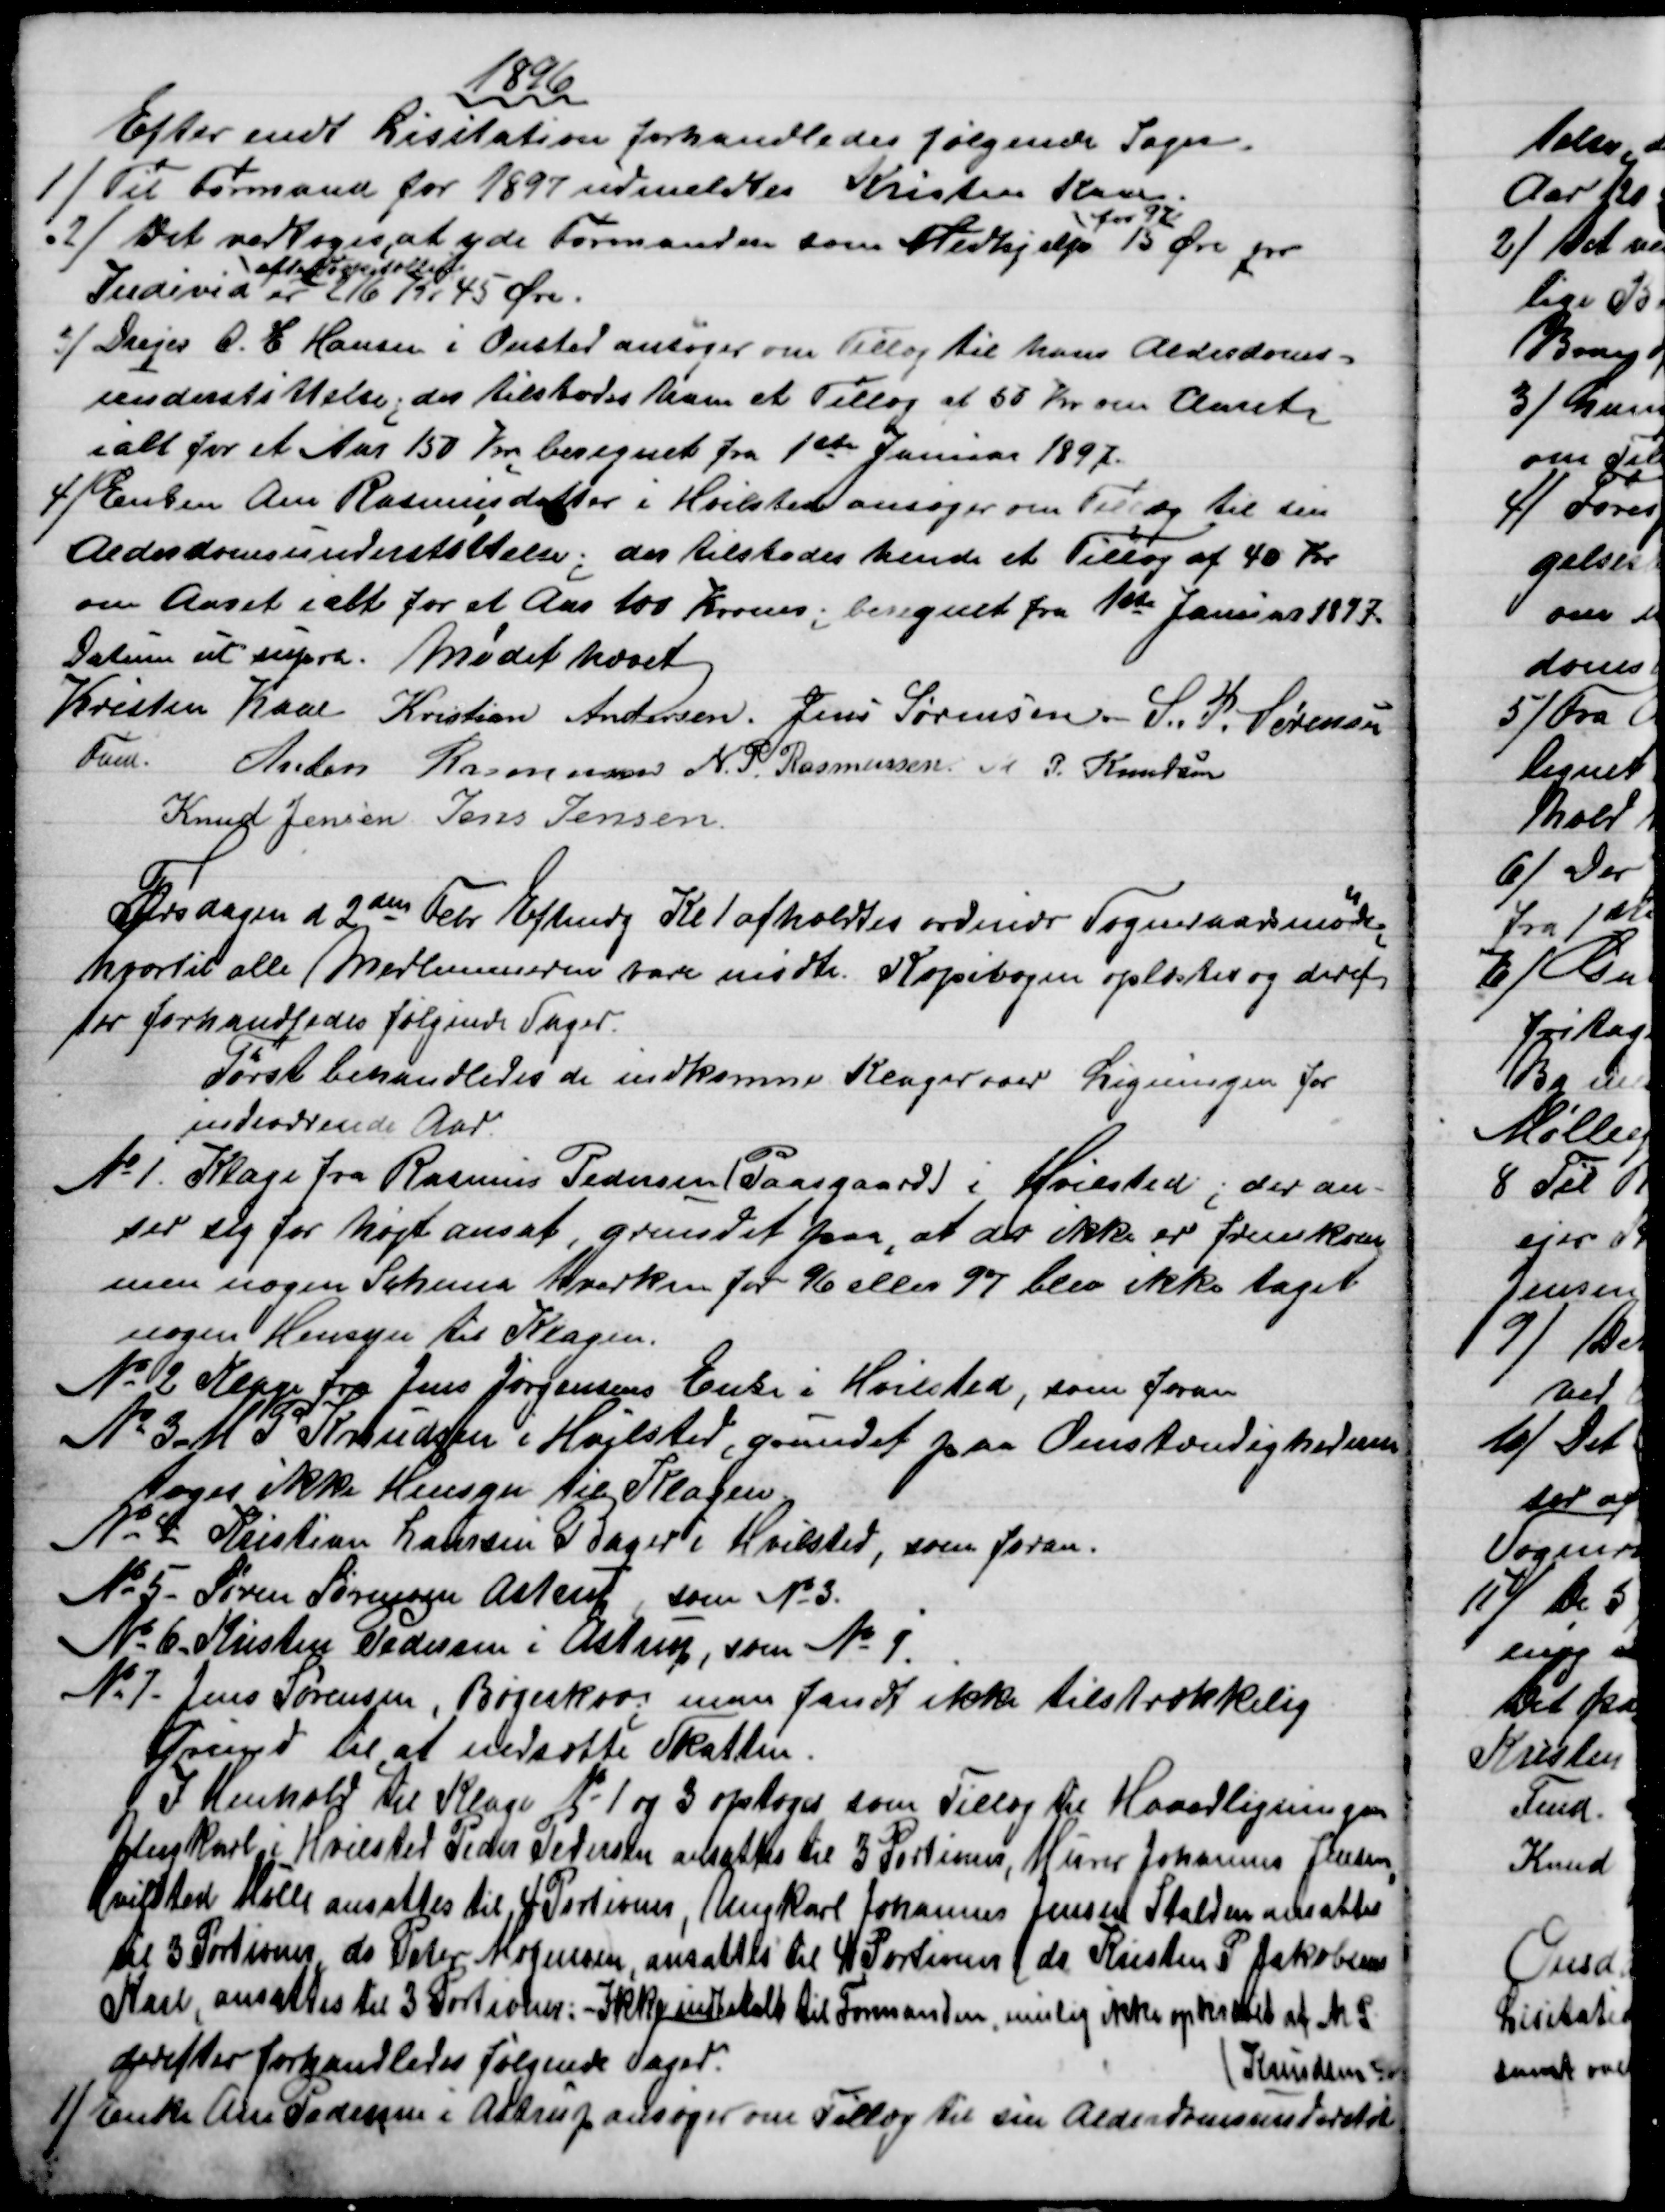
Transskription:
1896
Efter endt Lisitation forhandledes følgende Sager.
1) 
Til Formand for 1897 udmeldtes Kristen Kaae.
2)
Det vedtoges, at yde Formanden som Medhjælp 
for 97
15 Øre pr
Individ 
efter Folketælling
er 216 Kr 45 Øre.
3) 
Drejer C. E. Hansen i Onsted ansøger om Tillæg til hans Alderdoms=
understøttelse; der tilstodes ham et Tillæg af 50 Kr om Aaret
ialt for et Aar 150 Kr. beregnet fra 1ste Januar 1897.
4) 
Enken Ane Rasmusdatter i Hvilsted ansøger om Tillæg til sin
Alderdomsunderstøttelse; der tilstodes hende et Tillæg af 40 Kr
om Aaret i alt for et Aar 100 Kroner; beregnet fra 1ste Januar 1897.
Datum ut supra. Mødet hævet
Kristen Kaae 
Fmd.
Kristian Andersen. Jens Sørensen.- S. P. Sørensen
Anders Rasmussen N. P. Rasmussen. M. P. Knudsen
Knud Jensen. Jens Jensen.
Tirsdagen d. 2den Febr Eftmdg Kl 1 afholdtes ordinær Sogneraadsmøde
hvortil alle Medlemmerne vare mødte. Kopibogen oplæstes og deref
ter forhandledes følgende Sager.
Først behandledes de indkomne Klager over Ligningen for
indeværende Aar.
№1. 
Klage fra Rasmus Pedersen (Paasgaard) i Hvilsted; der an-
ser sig for højt ansat, grundet paa, at der ikke er fremkom
men nogen Schema hverken for 96 eller 97 blev ikke taget
nogen Hensyn til Klagen.
№ 2 
Klage fra Jens Jørgensens Enke i Hvilsted, som foran
№ 3 
M P Knudsen i Hvilsted, grundet paa Omstændighederne
toges ikke Hensyn til Klagen.
№ 4
Kristian Laursen Bager i Hvilsted, som foran.
№ 5 
Søren Sørensen, Astrup, som № 3.
№ 6. 
Kristen Pedersen i Astrup, som № 1.
№ 7
Jens Sørensen Bøgeskov; man fandt ikke tilstrækkelig
Grund til at nedsætte Skatten.
I Henhold til Klage № 1 og 3 optoges som Tillæg til Hovedligningen
Ungkarl i Hvilsted Peder Pedersen ansattes til 3 Portioner, Murer Johannes Jensen,
Hvilsted Mølle ansattes til 4 Portioner, Ungkarl Johannes Jensen Stalden ansattes
til 3 Portioner ds Peter Mogensen, ansattes til 4 Portioner, ds Kristen P Jakobsen
Kaae, ansattes til 3 Portioner: - Ikke indbetalt til Formanden, mulig ikke opkrævet af M. P.
Knudsen 5 Kr
derefter forhandledes følgende Sager.
1) Enke Ane Pedersen i Astrup ansøger om Tillæg til sin Alderdomsunderstøt